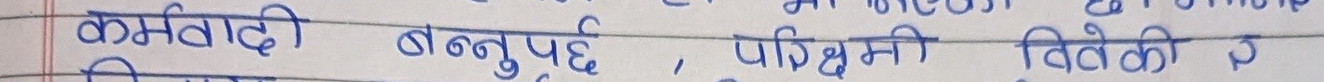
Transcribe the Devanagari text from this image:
कमवादी बन्नुपर्छ, पश्चिमी विवेक की र
विश्वमा नै साचो खुशी र समृद्धि